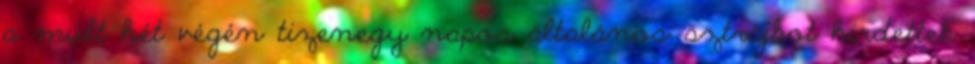
a múlt hét végén tizenegy napos általános sztrájkot hirdettek